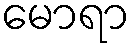
မောရာ